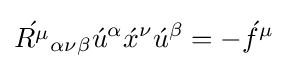
{\acute {{R}^{\mu }}}_{\alpha \nu \beta }{\acute {u}}^{\alpha }{\acute {x}}^{\nu }{\acute {u}}^{\beta }=-{\acute {f}}^{\mu }